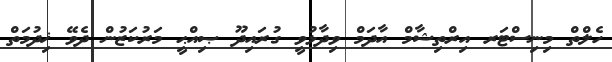
ހެލްތް މިނިސްޓަރ އިރްތިޝާމް އާދަމް ވިދާޅުވީ ގުރައިދޫ ޞިއްޙީ މަރުކަޒުން ދެވޭ ޚިދުމަތް